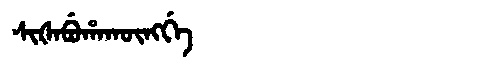
Manchu: ᠰᡳᡧᠠᠪᡠᡥᠠᡴᡡᠩᡤᡝ
Romanization: SIŠABUHAKŪNGGE